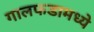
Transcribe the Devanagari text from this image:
गालफडामध्ये